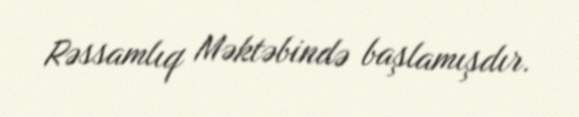
Rəssamlıq Məktəbində başlamışdır.